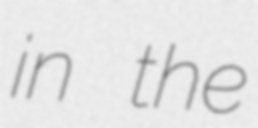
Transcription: in the